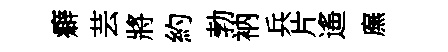
癖芸將約勃衲兵片遙廡